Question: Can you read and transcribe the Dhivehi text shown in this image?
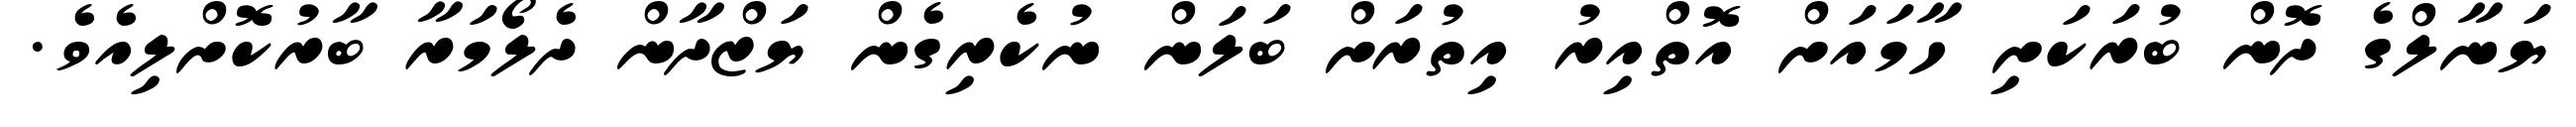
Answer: ޔަނާލްގެ ދޮން ބުރަކަށި ހާމައަށް އޮތްއިރު އިތުރަށް ބަލަން ނުކެރިގެން ޔަޒްދާން ދެލޯމަރާ ބާރުކޮށްލިއެވެ.